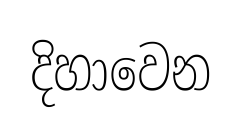
දිහාවෙන